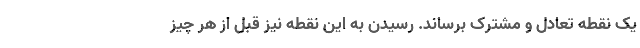
یک نقطه تعادل و مشترک برساند. رسیدن به این نقطه نیز قبل از هر چیز